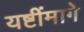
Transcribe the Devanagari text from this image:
यष्टींमागे